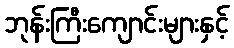
ဘုန်းကြီးကျောင်းများနှင့်